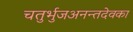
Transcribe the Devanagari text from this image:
चतुर्भुजअनन्तदेवका